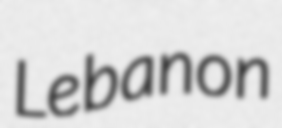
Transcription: Lebanon